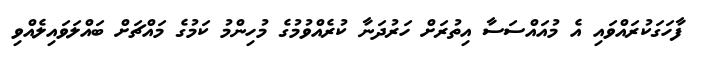
ފާހަގަކުރައްވައި އެ މުއައްސަސާ އިތުރަށް ހަރުދަނާ ކުރެއްވުމުގެ މުހިންމު ކަމުގެ މައްޗަށް ބައްލަވައިލެއްވި